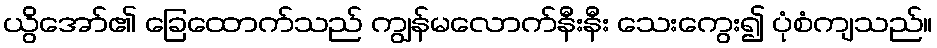
ယွိအော်၏ ခြေထောက်သည် ကျွန်မလောက်နီးနီး သေးကွေး၍ ပုံစံကျသည်။